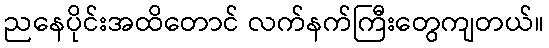
ညနေပိုင်းအထိတောင် လက်နက်ကြီးတွေကျတယ်။